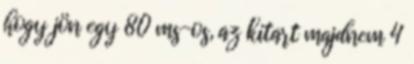
hogy jön egy 80 ms-os, az kitart majdnem 4